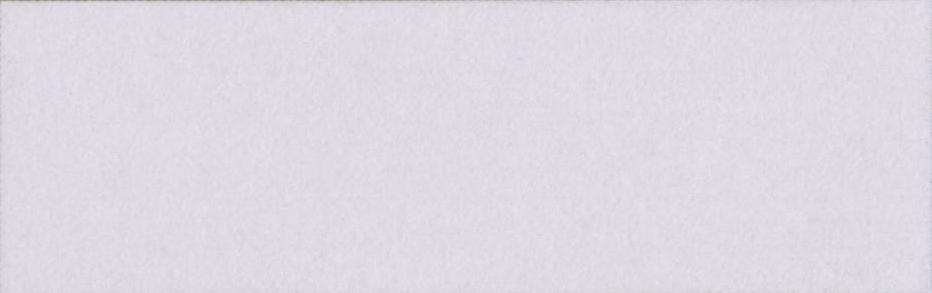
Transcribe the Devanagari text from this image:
गलाकाट